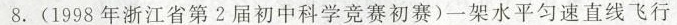
8.(1998年浙江省第2届初中科学竞赛初赛)一架水平匀速直线飞行